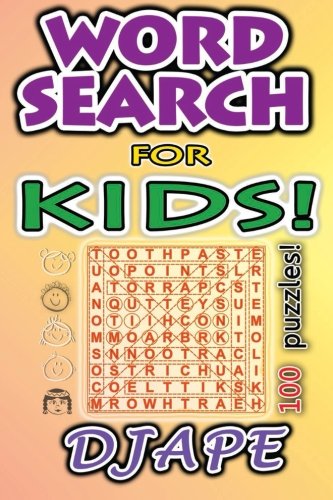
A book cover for Word Search for Kids: 100 puzzles (Volume 1); Djape; Humor & Entertainment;